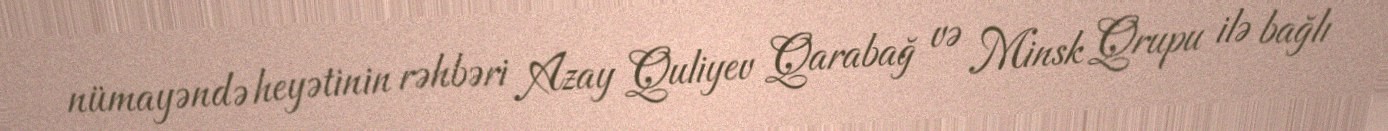
nümayəndə heyətinin rəhbəri Azay Quliyev Qarabağ və Minsk Qrupu ilə bağlı